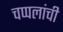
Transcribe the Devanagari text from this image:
चप्पलांची